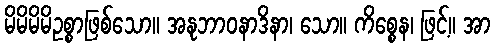
မိမိမိမိဥစ္စာဖြစ်သော။ အနုဘာဝနာဒိနာ၊ သော။ ကိစ္စေန၊ ဖြင့်။ အာ